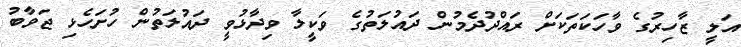
އަލީ ޒާހިރުގެ ވާހަކަތަކަށް ރައްދުދެމުން ދައުލަތުގެ ވަކީލާ ވިދާޅުވީ ދައުލަތުން ހުށަހެޅި ޖަވާބު